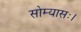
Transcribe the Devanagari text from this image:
सोम्यासः।